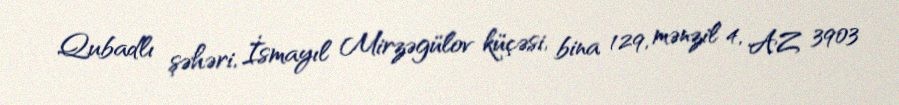
Qubadlı şəhəri, İsmayıl Mirzəgülov küçəsi, bina 129, mənzil 4, AZ 3903